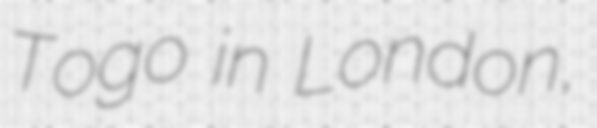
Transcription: Togo in London,